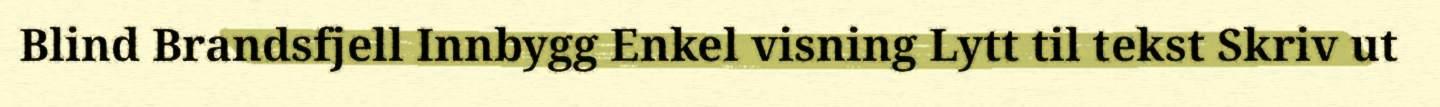
Blind Brandsfjell Innbygg Enkel visning Lytt til tekst Skriv ut